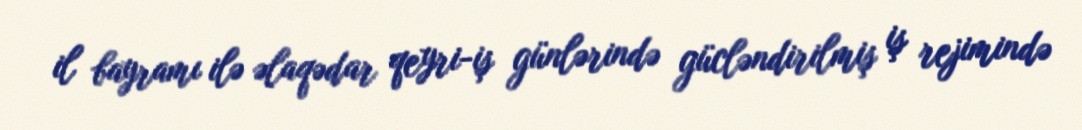
il bayramı ilə əlaqədar qeyri-iş günlərində gücləndirilmiş iş rejimində